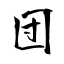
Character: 団